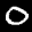
Label: 0